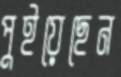
পুইয়েছেন